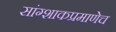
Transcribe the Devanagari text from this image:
सांग्शाकप्रमाणेच